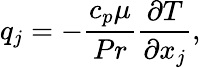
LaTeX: {q_{j}}=-\frac{{{c_{p}}\mu}}{{Pr}}\frac{{\partial T}}{{\partial{x_{j}}}},